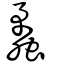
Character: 蟊